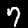
Digit: 7